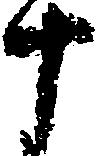
十